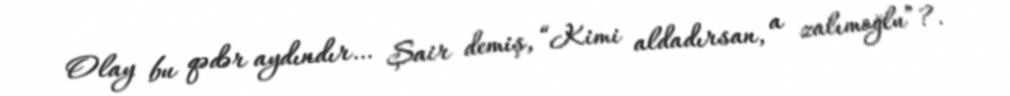
Olay bu qədər aydındır… Şair demiş, “Kimi aldadırsan, a zalımoğlu”?.